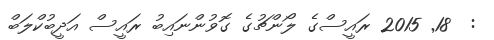
:  18